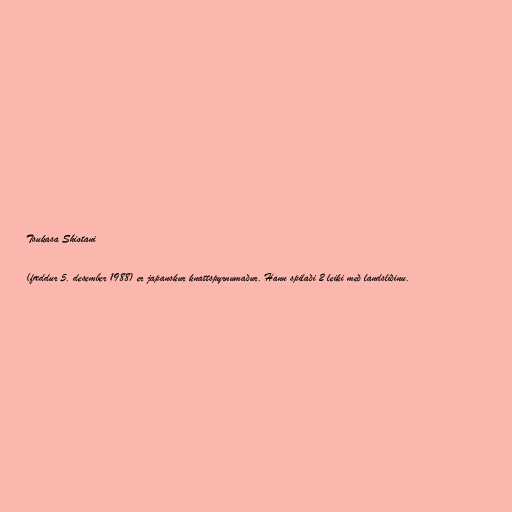
Tsukasa Shiotani

(fæddur 5. desember 1988) er japanskur knattspyrnumaður. Hann spilaði 2 leiki með landsliðinu.